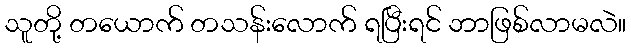
သူတို့ တယောက် တသန်းလောက် ရပြီးရင် ဘာဖြစ်လာမလဲ။